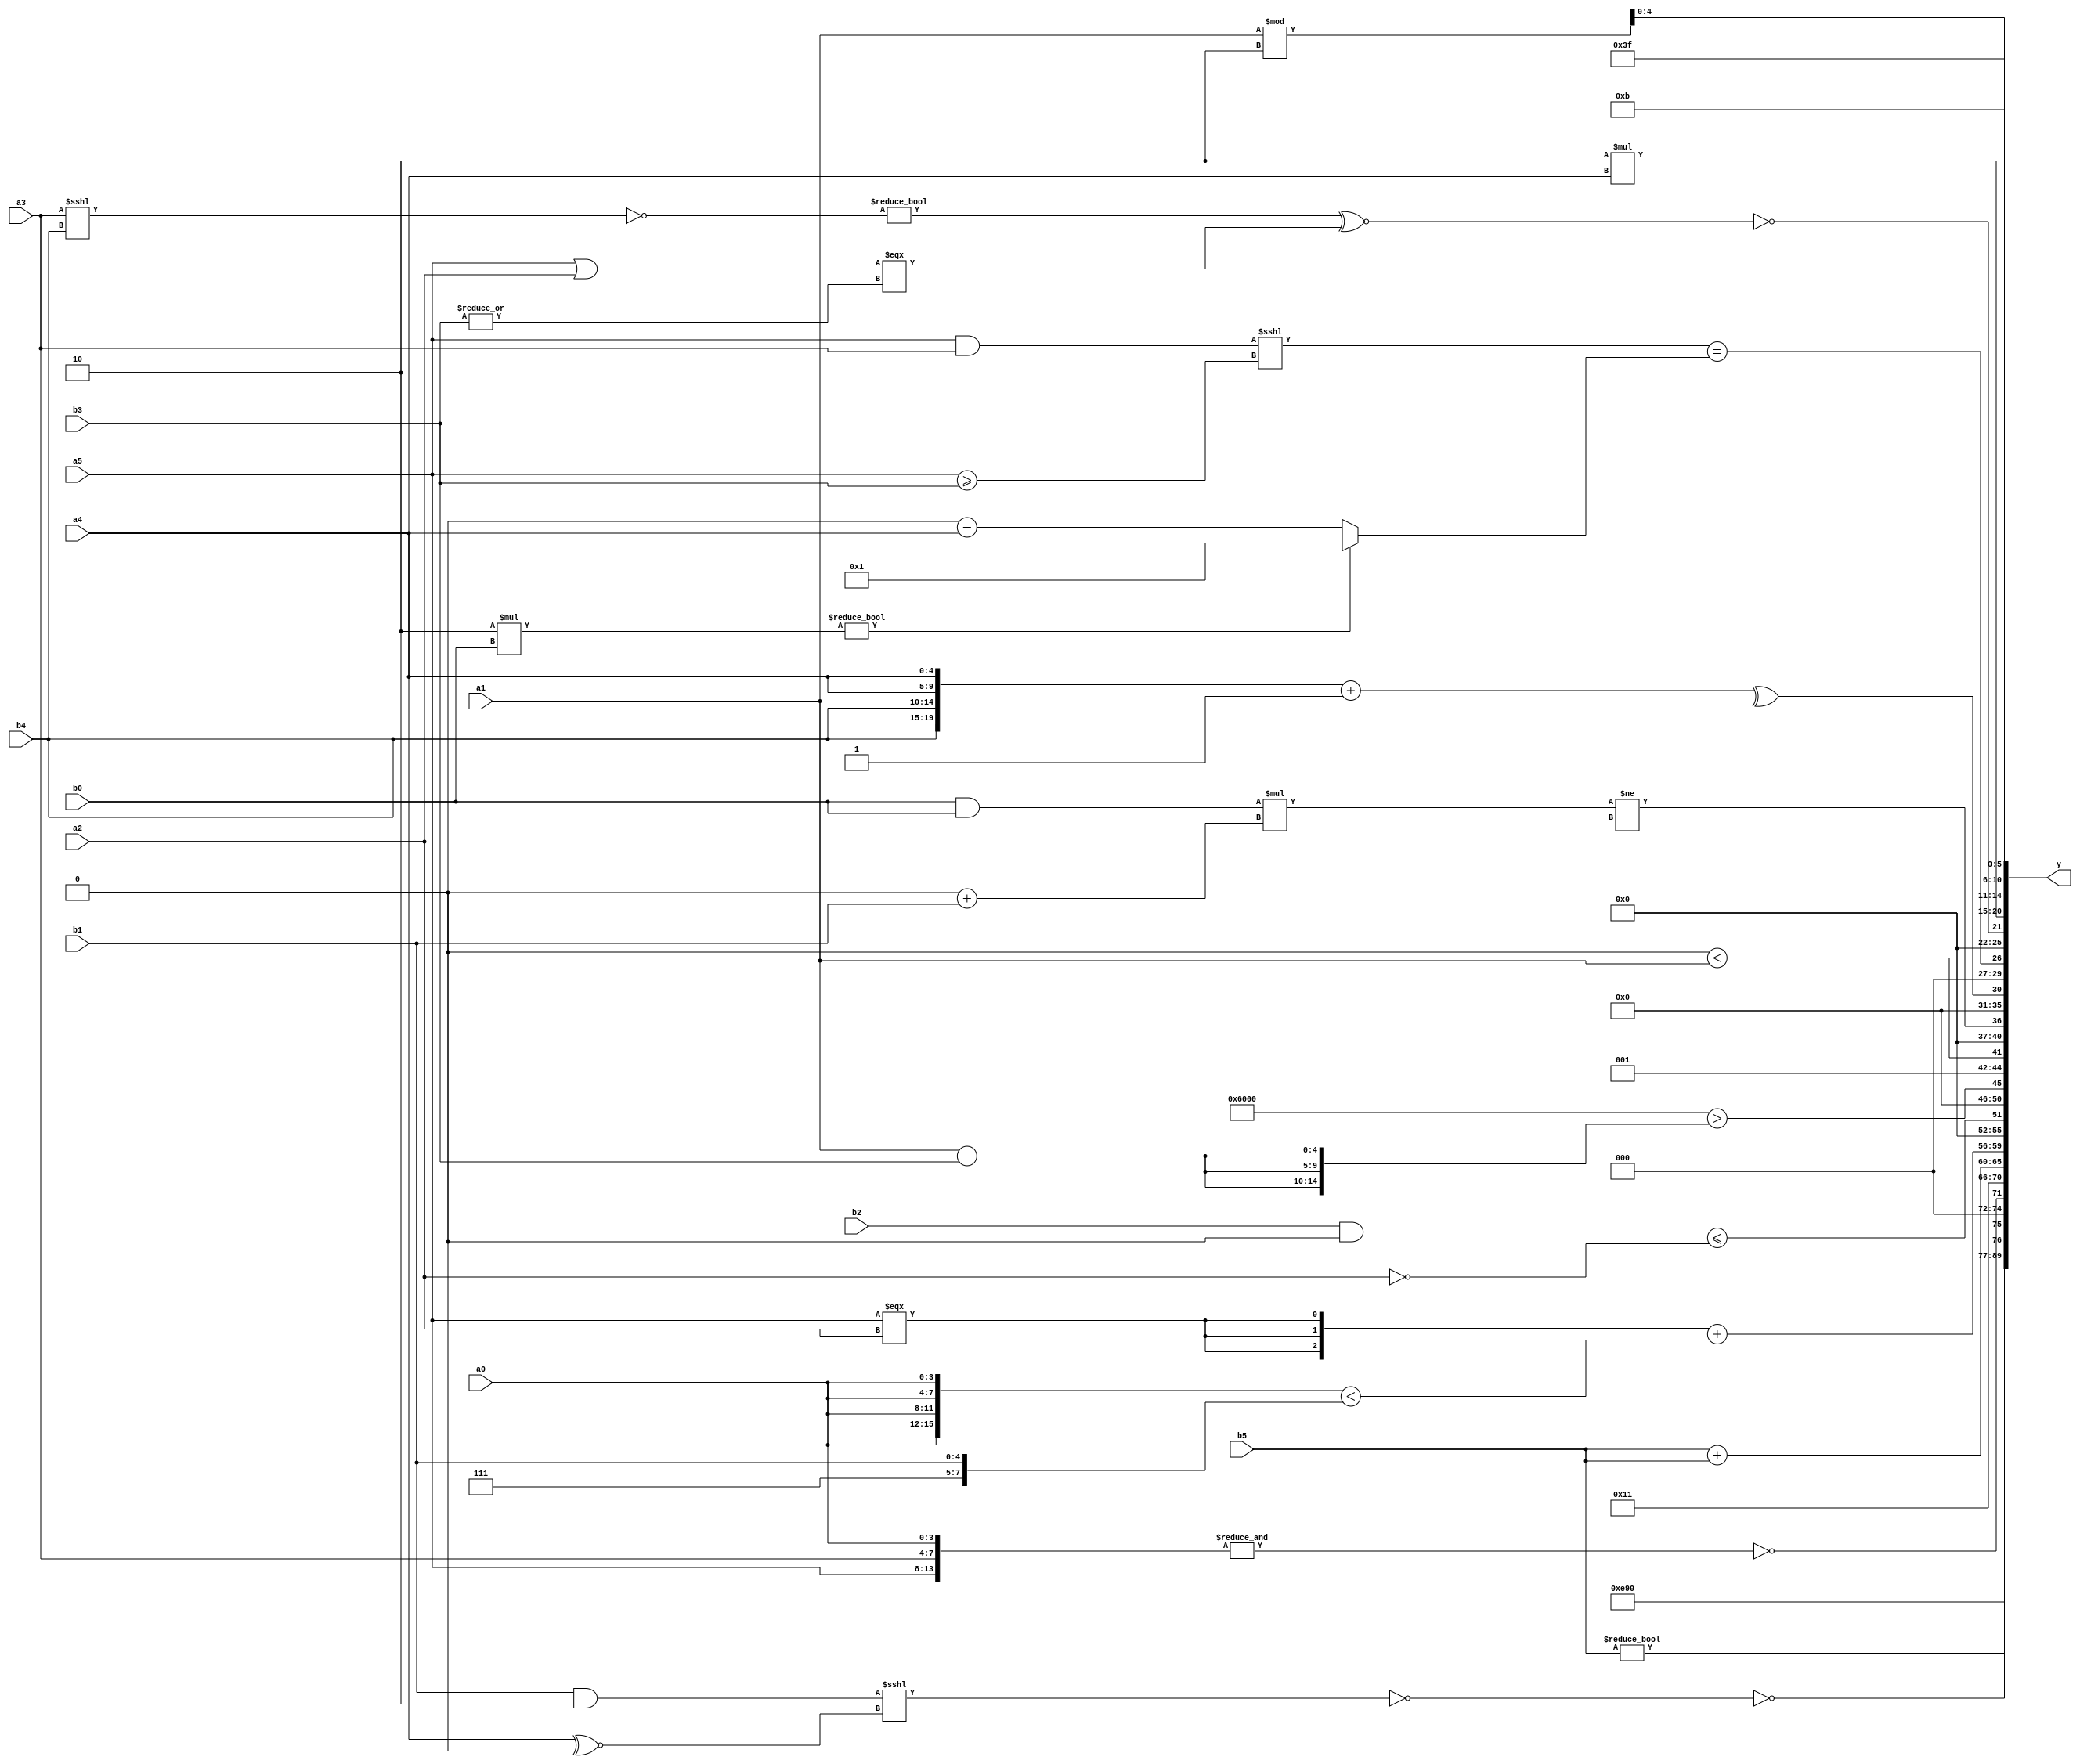
module expression_00803(a0, a1, a2, a3, a4, a5, b0, b1, b2, b3, b4, b5, y);
  input [3:0] a0;
  input [4:0] a1;
  input [5:0] a2;
  input signed [3:0] a3;
  input signed [4:0] a4;
  input signed [5:0] a5;

  input [3:0] b0;
  input [4:0] b1;
  input [5:0] b2;
  input signed [3:0] b3;
  input signed [4:0] b4;
  input signed [5:0] b5;

  wire [3:0] y0;
  wire [4:0] y1;
  wire [5:0] y2;
  wire signed [3:0] y3;
  wire signed [4:0] y4;
  wire signed [5:0] y5;
  wire [3:0] y6;
  wire [4:0] y7;
  wire [5:0] y8;
  wire signed [3:0] y9;
  wire signed [4:0] y10;
  wire signed [5:0] y11;
  wire [3:0] y12;
  wire [4:0] y13;
  wire [5:0] y14;
  wire signed [3:0] y15;
  wire signed [4:0] y16;
  wire signed [5:0] y17;

  output [89:0] y;
  assign y = {y0,y1,y2,y3,y4,y5,y6,y7,y8,y9,y10,y11,y12,y13,y14,y15,y16,y17};

  localparam [3:0] p0 = {4{{2{(5'd24)}}}};
  localparam [4:0] p1 = {(|(4'd2 * ((4'd15)==(5'd22)))),(((3'd1)==(4'sd2))?((3'd7)?(2'd1):(3'sd0)):((5'd14)?(-3'sd2):(-3'sd1))),(-(((-3'sd2)!=(-4'sd1))|((5'd17)>=(5'sd11))))};
  localparam [5:0] p2 = {3{(3'sd1)}};
  localparam signed [3:0] p3 = ((-5'sd10)^(2'd3));
  localparam signed [4:0] p4 = {({((3'd0)^(3'd6))}?((2'd3)==((2'd3)?(2'd1):(-5'sd15))):((3'd3)?(5'd22):(5'd0)))};
  localparam signed [5:0] p5 = {(((3'sd3)>>>(-4'sd3))?(-5'sd11):{(-2'sd0)}),(3'sd2)};
  localparam [3:0] p6 = ((3'sd1)?(4'd0):(4'd6));
  localparam [4:0] p7 = {1{(4'd7)}};
  localparam [5:0] p8 = {(^(~|(~^(-4'sd0))))};
  localparam signed [3:0] p9 = ((((4'd6)?(-5'sd1):(-2'sd0))===(-(2'd1)))>(^(|((5'd12)>(5'd30)))));
  localparam signed [4:0] p10 = ((((2'd2)^~(-5'sd6))>=(!(4'd5)))<<<((~(4'sd7))||((-4'sd4)<(3'd6))));
  localparam signed [5:0] p11 = (!{2{(!(&(&((5'sd13)?(3'd6):(3'd4)))))}});
  localparam [3:0] p12 = ((4'd11)^(5'd25));
  localparam [4:0] p13 = {{4{(-4'sd2)}}};
  localparam [5:0] p14 = {3{((5'd29)?(2'd2):(5'sd5))}};
  localparam signed [3:0] p15 = {2{(5'd3)}};
  localparam signed [4:0] p16 = ({1{((2'sd1)+(-3'sd2))}}?((3'sd0)>(2'd3)):{1{((-2'sd1)|(4'd5))}});
  localparam signed [5:0] p17 = ((((-5'sd14)<(2'd1))<<((-3'sd2)>=(4'd14)))-(((5'd13)^(2'd0))>>>{(3'd3),(2'd3)}));

  assign y0 = ((p16|p2)^{4{p13}});
  assign y1 = {1{{2{(~(~{1{p2}}))}}}};
  assign y2 = {(~&(-(!((b1&p14)<<<(a4^~p16))))),(~^{(~|((b5!=p6)&&(p14&&p2)))})};
  assign y3 = (!(&{({(p2?p12:b1),(p9?p16:b2)}?{{a5,a0},{4{a3}}}:{2{(b4^a3)}})}));
  assign y4 = {4{{{2{p9}}}}};
  assign y5 = (b5+b5);
  assign y6 = ({3{(a5===a2)}}+({4{a0}}<{p7,b1}));
  assign y7 = ((((p14?p17:p14)?(b1?b1:p2):(p7?b2:p5))&((p12>>>p7)>>>(p2^p3)))<=({1{{b1,p13}}}?(a2==p11):{(b2?p2:p8)}));
  assign y8 = $unsigned((({1{{(((3'sd3)<<<{(-4'sd3)})>{3{(a1-b3)}})}}})));
  assign y9 = {{a2,a3},((3'sd1)),(|(p4<a1))};
  assign y10 = (((b0&b0)*(p11+b1))!=((a2^~b0)%p17));
  assign y11 = (^$unsigned(({{2{b4}},{2{a4}}}+(!{(~|p14)}))));
  assign y12 = (&(((a5&a3)<<<(a5>=b3))==((6'd2 * b0)?(~&p6):(p16-a4))));
  assign y13 = (~^(((|(a2!==a2))!=(~(a3<<<b4)))^~(-((a5|a2)===(|(|b3))))));
  assign y14 = (5'd2 * $unsigned((p8?a1:a4)));
  assign y15 = (({p11,a3,p7}?(5'd11):(-3'sd1)));
  assign y16 = ((p11<<<p11)?(a3?a2:p12):(a1%p5));
  assign y17 = (((~^(~&p17))<(&(~&p16)))|(~((^(~^(^(p9==p14)))))));
endmodule